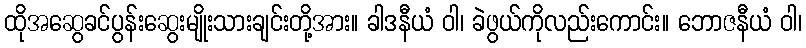
ထိုအဆွေခင်ပွန်းဆွေးမျိုးသားချင်းတို့အား။ ခါဒနီယံ ဝါ၊ ခဲဖွယ်ကိုလည်းကောင်း။ ဘောဇနီယံ ဝါ၊